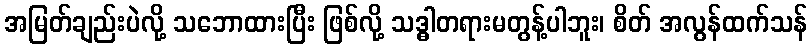
အမြတ်ချည်းပဲလို့ သဘောထားပြီး ဖြစ်လို့ သဒ္ဓါတရားမတွန့်ပါဘူး၊ စိတ် အလွန်ထက်သန်